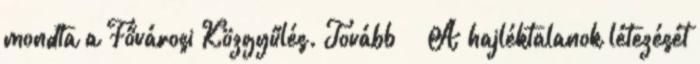
mondta a Fővárosi Közgyűlés. Tovább › ›A hajléktalanok létezését